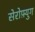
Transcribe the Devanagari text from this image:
सेरोफ़्युग